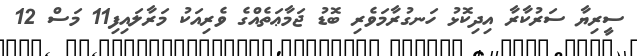
ސީރިޔާ ސަރުކާރާ އިދިކޮޅު ހަނގުރާމަވެރި ބޮޑު ޖަމާޢަތެއްގެ ވެރިއަކު މަރާލައިފި11 މަސް 12